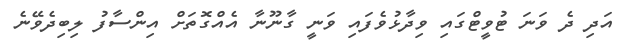
އަދި ދެ ވަނަ ޓުވީޓްގައި ވިދާޅުވެފައި ވަނީ ގާނޫނާ އެއްގޮތަށް އިންސާފު ލިބިދެވޭނެ